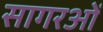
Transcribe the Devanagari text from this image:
सागरओं